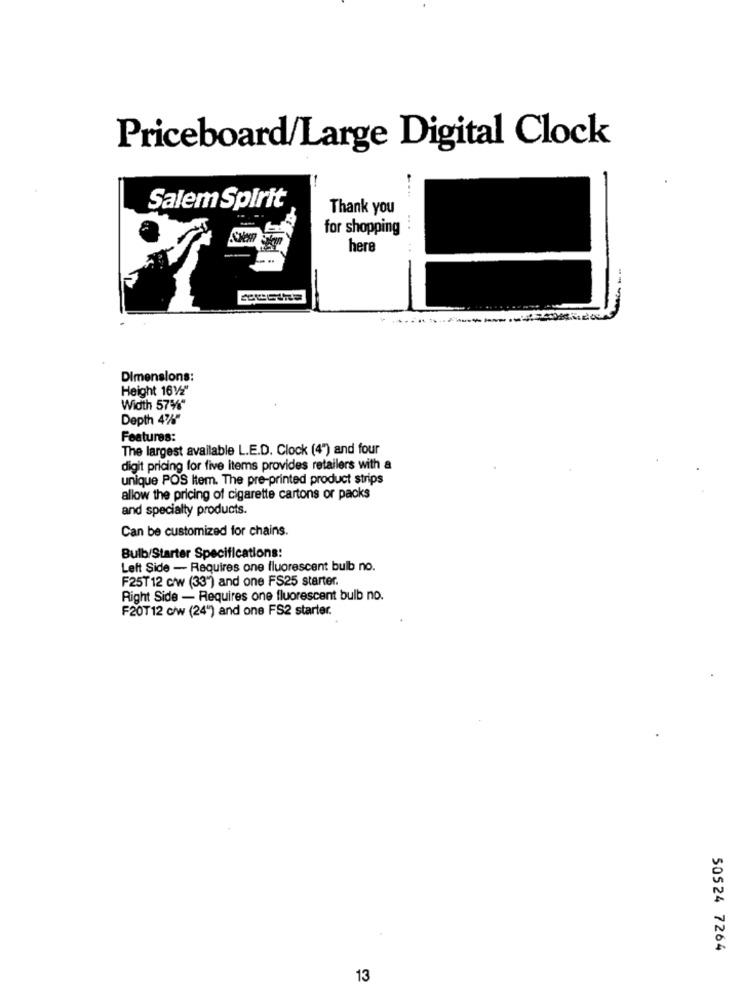
Priceboard/Large Digital Clock
Salem Spirit
Thank you
for shopping
here
---
Dimensions:
Height 161"
Width 57%%"
Depth 478"
Features:
The largest available L.E.D. Clock (4") and four
digit pricing for five items provides retailers with a
unique POS Item. The pre-printed product strips
allow the pricing of cigarette cartons or packs
and specialty products.
Can be customized for chains.
Bulb/Starter Specifications:
Left Side - Requires one fluorescent bulb no.
F25T12 c/w (33") and one FS25 starter.
Right Side - Requires one fluorescent bulb no.
F20T12 c/w (24") and one FS2 starter.
50524 7264
13